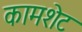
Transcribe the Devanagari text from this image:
कामशेट